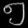
Digit: ၅